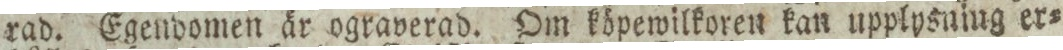
rad. Egendomen är ograverad. Om köpewilkoren kan upplysning er=